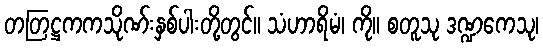
တတြဋ္ဌကကသိုဏ်းနှစ်ပါးတို့တွင်။ သံဟာရိမံ၊ ကို။ စတူသု ဒဏ္ဍကေသု၊